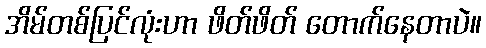
အိမ်တစ်ပြင်လုံးဟာ ဖိတ်ဖိတ် တောက်နေတာပဲ။